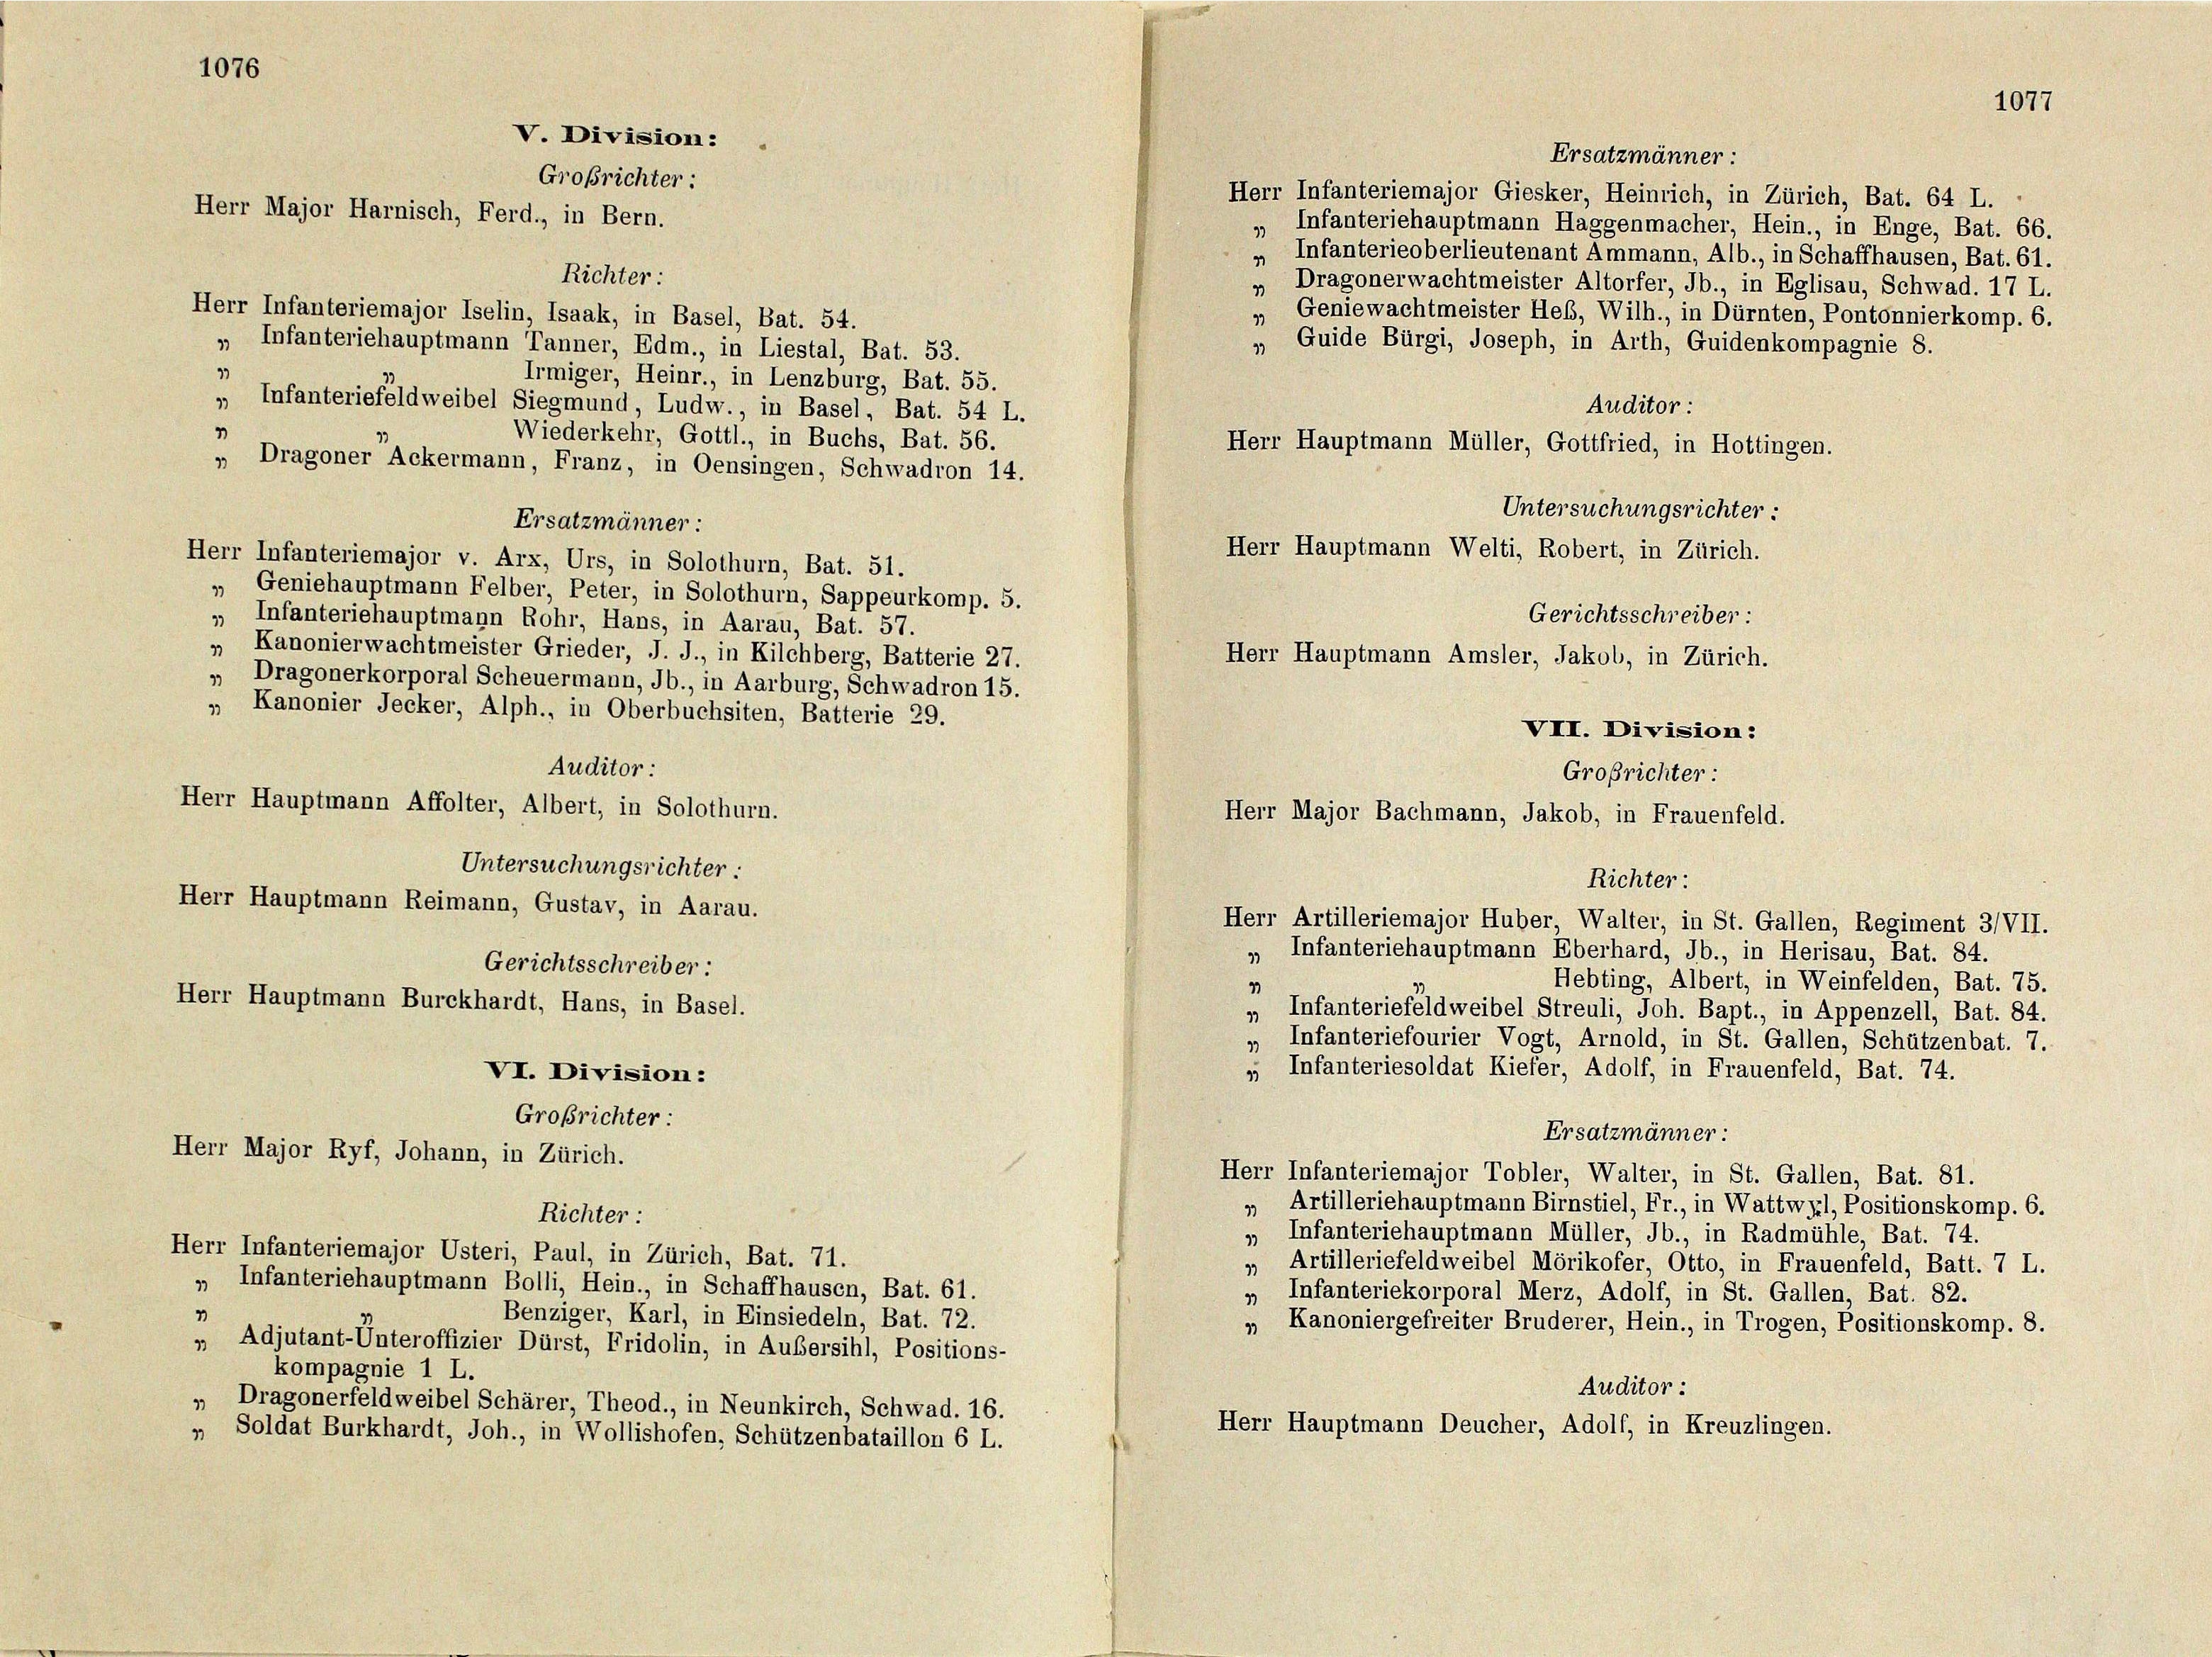
1076

V. Division:
Großrichter:
Herr Major Harnisch, Ferd., in Bern.
Richter:
Herr Infanteriemajor Iselin, Isaak, in Basel, Bat. 54.

Ersatzmänner:
Herr Infanteriemajor Giesker, Heinrich, in Zürich, Bat. 64 L.
„ Infanteriehauptmann Haggenmacher, Hein., in Enge, Bat. 66.
„ Infanterieoberlieutenant Ammann, Alb., in Schaffhausen, Bat. 61.
„ Dragonerwachtmeister Altorfer, Jb., in Eglisau, Schwad. 17 L.
„ Geniewachtmeister Heb, Wilh., in Dürnten, Pontonnierkomp. 6.
 Guide Bürgi, Joseph, in Arth, Guidenkompagnie 8.
„ Infanteriehauptmann Tanner, Edm., in Liestal, Bat. 53.
1
Irmiger, Heinr., in Lenzburg, Bat. 55.
„ Infanteriefeldweibel Siegmund, Ludw., in Basel, Bat. 54 L.
Auditor :
1
Wiederkehr, Gottl., in Buchs, Bat. 56.
Herr Hauptmann Müller, Gottfried, in Hottingen.
„ Dragoner Ackermann, Franz, in Oensingen, Schwadron 14.
Untersuchungsrichter :
Ersatzmänner:
Herr Hauptmann Welti, Robert, in Zürich.
Herr Infanteriemajor v. Arx, Urs, in Solothurn, Bat. 51.
„ Geniehauptmann Felber, Peter, in Solothurn, Sappeurkomp. 5.
Gerichtsschreiber:
„ Infanteriehauptmann Rohr, Hans, in Aarau, Bat. 57.
* Kanonierwachtmeister Grieder, J. J., in Kilchberg, Batterie 27.
Herr Hauptmann Amsler, Jakob, in Zürich.
„ Dragonerkorporal Scheuermann, Jb., in Aarburg, Schwadron 15.
„ Kanonier Jecker, Alph., in Oberbuchsiten, Batterie 29.
Auditor :
Großrichter:
Herr Hauptmann Affolter, Albert, in Solothurn.
Herr Major Bachmann, Jakob, in Frauenfeld.
Untersuchungsrichter :
Richter:
Herr Hauptmann Reimann, Gustav, in Aarau.
Herr Artilleriemajor Huber, Walter, in St. Gallen, Regiment 3/VII.
„ Infanteriehauptmann Eberhard, Jb., in Herisau, Bat. 84.
Gerichtsschreiber:
Hebting, Albert, in Weinfelden, Bat. 75.
1
Herr Hauptmann Burckhardt, Hans, in Basel.
„ Infanteriefeldweibel Streuli, Joh. Bapt., in Appenzell, Bat. 84.
Infanteriefourier Vogt, Arnold, in St. Gallen, Schützenbat. 7.
19
» Infanteriesoldat Kiefer, Adolf, in Frauenfeld, Bat. 74.
VI. Division:
Großrichter:
Ersatzmänner:
Herr Major Ryf, Johann, in Zürich.
Herr Infanteriemajor Tobler, Walter, in St. Gallen, Bat. 81.
„ Artilleriehauptmann Birnstiel, Fr., in Wattwyl, Positionskomp. 6.
Richter:
„ Infanteriehauptmann Müller, Jb., in Radmühle, Bat. 74.
Herr Infanteriemajor Usteri, Paul, in Zürich, Bat. 71.
 Artilleriefeldweibel Mörikofer, Otto, in Frauenfeld, Batt. 7 L.
„ Infanteriehauptmann Bolli, Hein., in Schaffhausen, Bat. 61.
„ Infanteriekorporal Merz, Adolf, in St. Gallen, Bat. 82.
7
Benziger, Karl, in Einsiedeln, Bat. 72.
„ Kanoniergefreiter Bruderer, Hein., in Trogen, Positionskomp. 8.
„ Adjutant-Unteroffizier Dürst, Fridolin, in Außersihl, Positions-
kompagnie 1 L.
Auditor :
„ Dragonerfeldweibel Schärer, Theod., in Neunkirch, Schwad. 16.
Herr Hauptmann Deucher, Adolf, in Kreuzlingen.
„ Soldat Burkhardt, Joh., in Wollishofen, Schützenbataillon 6 L.

VII. Division:

1077